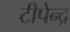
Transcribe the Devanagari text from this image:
टीपेन्द्र